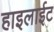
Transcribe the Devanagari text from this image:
हाइलाईट